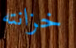
خزانته